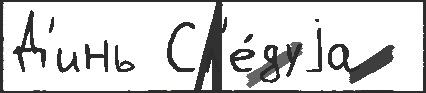
Д'инь Сл'е́дуjа